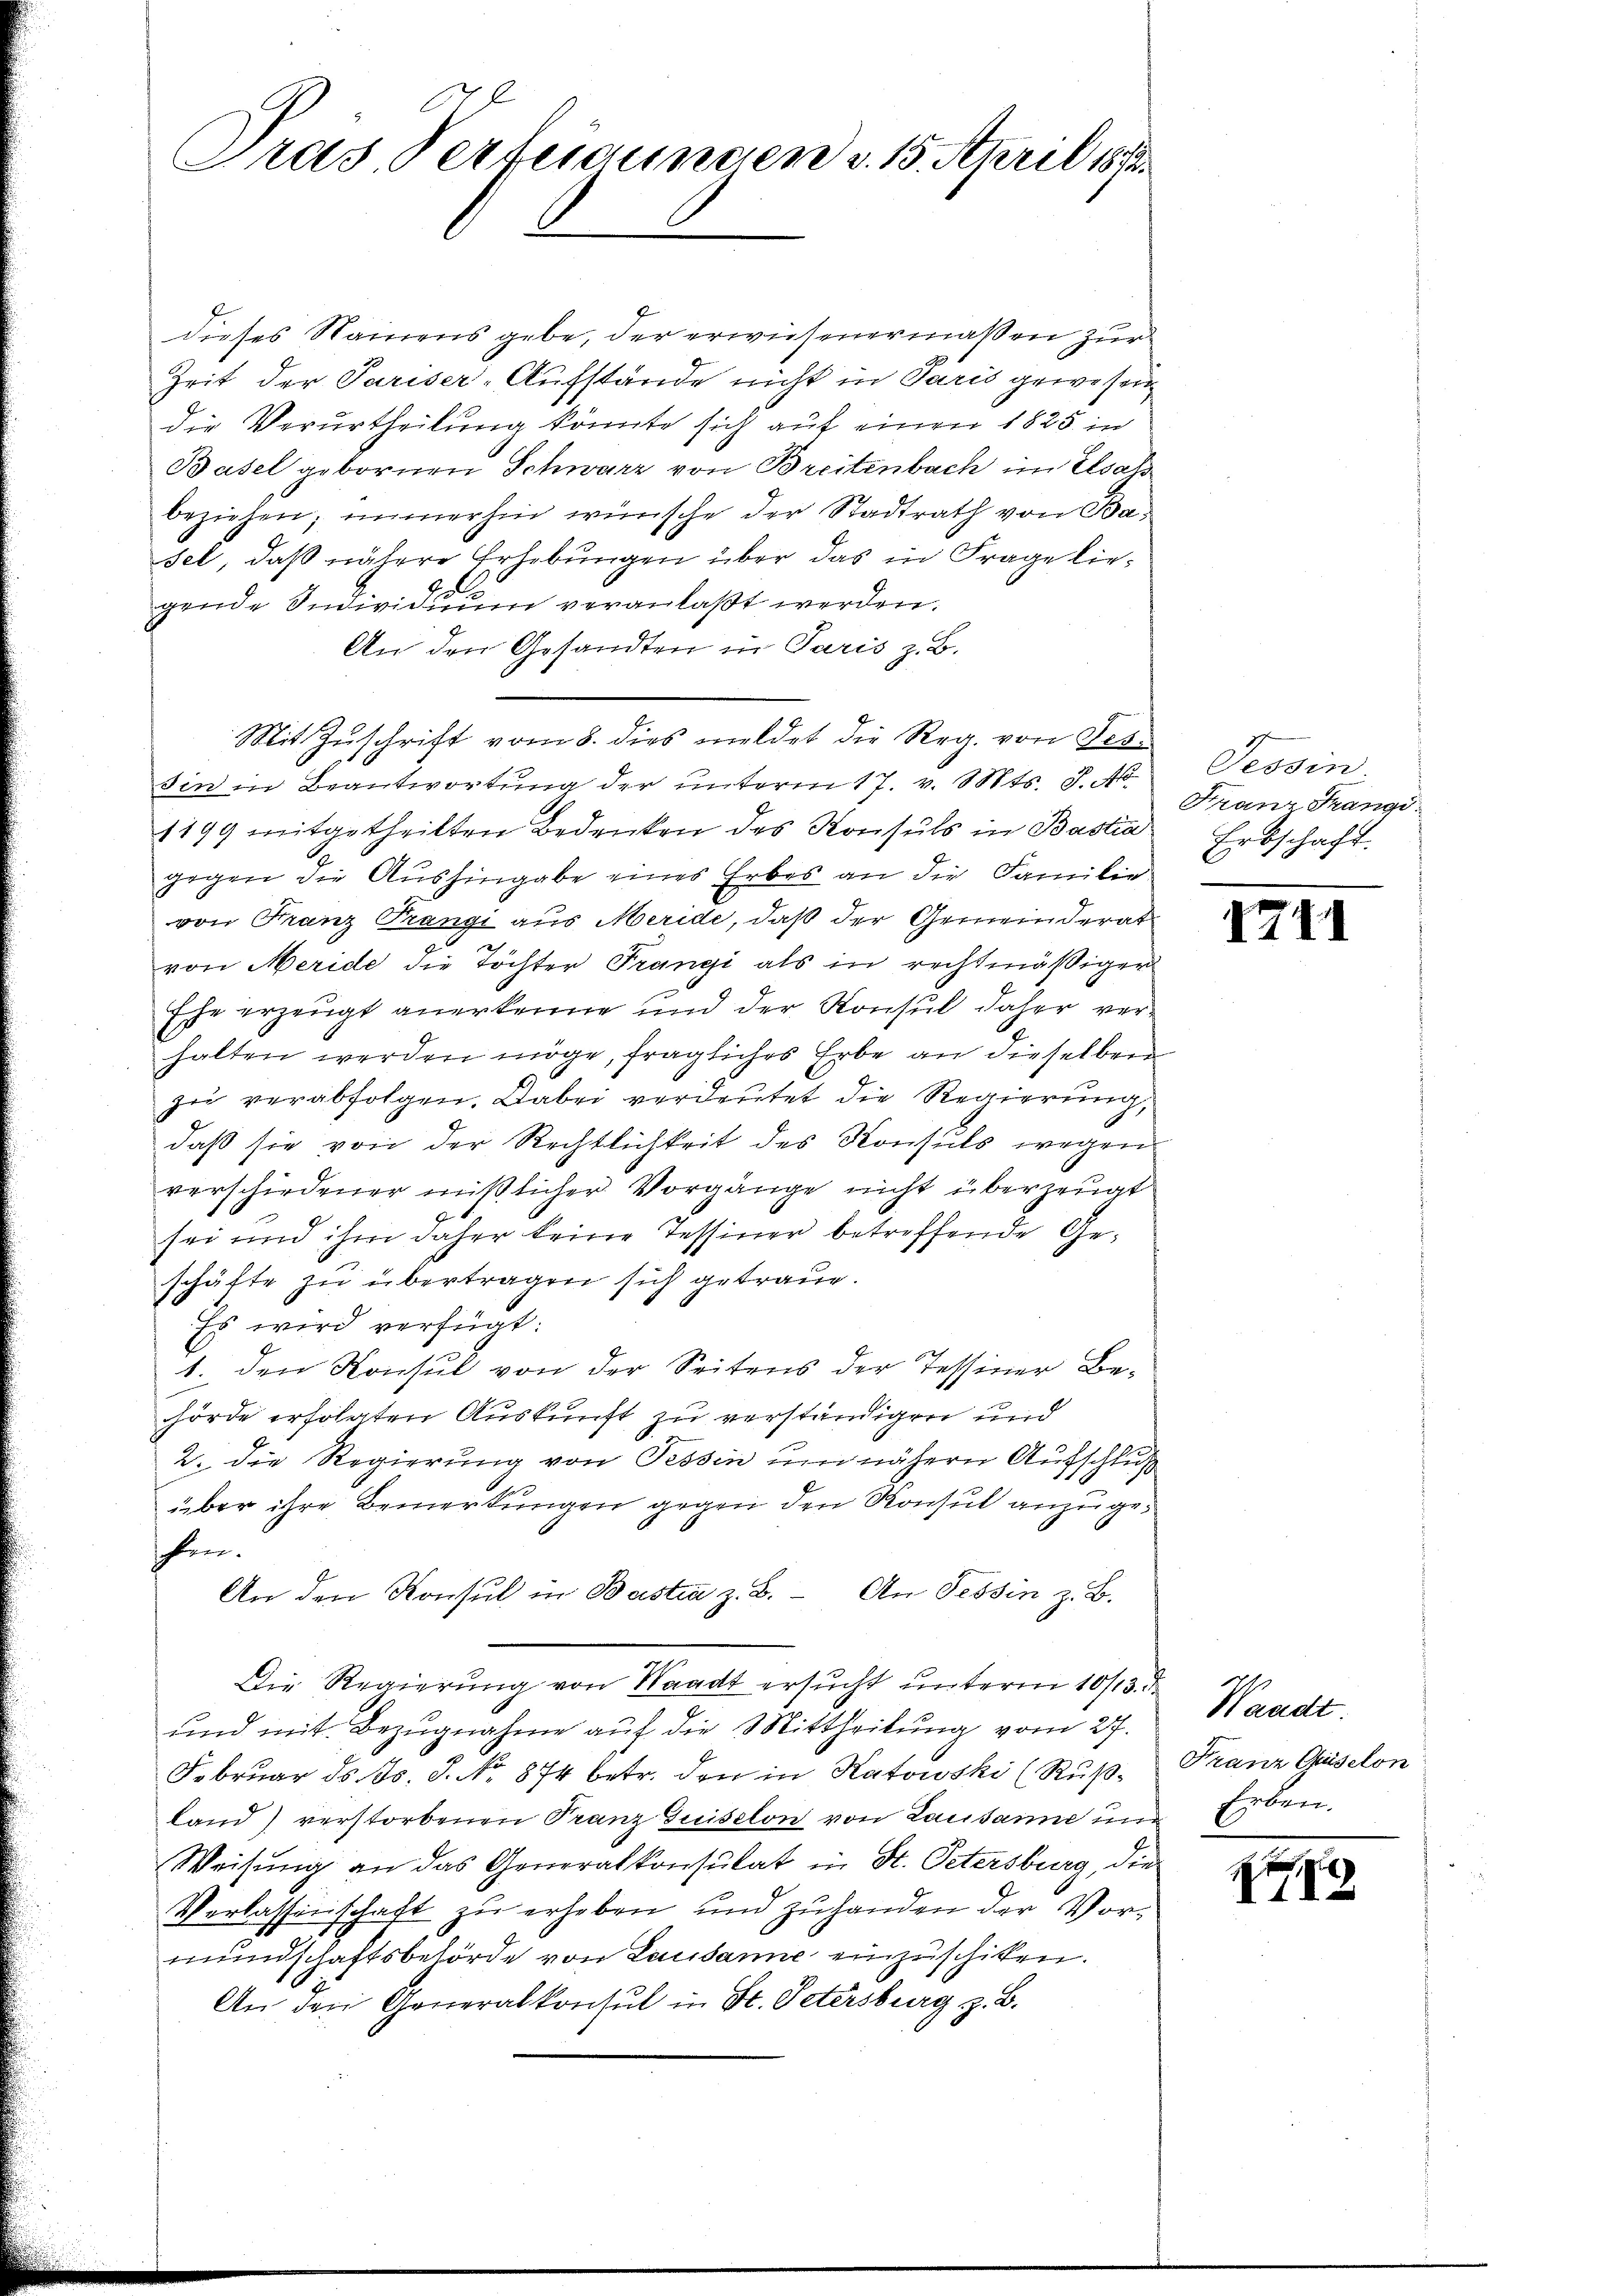
Pras. Fertigungen v. 15. April 1883.

dieses Namens gebe, der erwiesenermaßen zur
Zeit der Pariser-Aufstände nicht in Paris gewesen
die Verurtheilung könnte sich auf einen 1825 in
Basel gebornen Schwarz von Breitenbach im Elsass
beziehen, immerhin wünsche der Stadtrath von Basel, daß nähere Erhebungen über das in Frage liee
gende Individuum veranlaßt werden.
An den Gesandten in Paris z. B.
Mit Zuschrift vom 8. dies meldet die Reg. von Fes
sin in Beantwortung der unterm 17. v. Mts. S. N
1199 mitgetheilten Bedenken des Konsuls in Bastia
gegen die Aushingabe eines Erbes an die Familie
von Franz Prangi aus Meride, daß der Gemeinderat
von Meride die Töchter Franzi als in rechtmäßiger
Ehe erzeugt anerkenne und der Konsul daher ver-
halten werden möge, fragliches Erbe an dieselben
zu verabfolgen. Dabei verdeutet die Regierung,
daß sie von der Rechtlichkeit des Konsuls wegen
verschiedener mißlicher Vorgänge nicht überzeugt
sei und ihm daher keine Tessiner betreffende Geschäfte zu übertragen sich getraue.
Es wird verfügt:
1. den Konsul von der Seitens der Tessiner Behörde erfolgten Auskunft zu verständigen und
2. die Regierung von Tessin um nähern Aufschluß
über ihre Bemerkungen gegen den Konsul anzugeschen.
An den Konsul in Bastia z. B. An Tessin z. B.
Die Regierung von Waadt ersucht unterm 10/13. d
und mit Bezugnahme auf die Mittheilung vom 27.
Februar ds Js. S. No. 874 betr. den in Katowski (Ruß-
land) verstorbenen Franz Guiselon von Lausanne und
Weisung an das Generalkonsulat in St. Petersburg, die
Verlassenschaft zu erheben und zuhanden der Vormundschaftsbehörde von Lausanne einzuschiken.
An den Generalkonsul in St. Petersburg z. B.

Tessin
Franz Frangi
Erbschaft.

12

t

Waadt
Franz Quiselon
Erben.

t